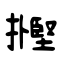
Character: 摼